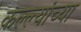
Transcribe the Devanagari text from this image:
कल्ल्यांच्या